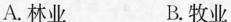
A.林业 B.牧业